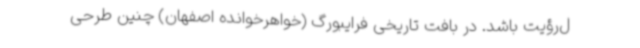
ل‌رؤیت باشد. در بافت تاریخی فرایبورگ (خواهرخوانده اصفهان) چنین طرحی